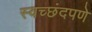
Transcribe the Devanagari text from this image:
स्वच्छंदपणे